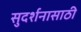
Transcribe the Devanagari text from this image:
सुदर्शनासाठी